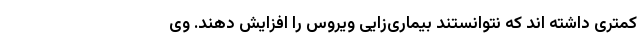
کمتری داشته اند که نتوانستند بیماری‌زایی ویروس را افزایش دهند.‌ وی